Leaving Certificate, 1898
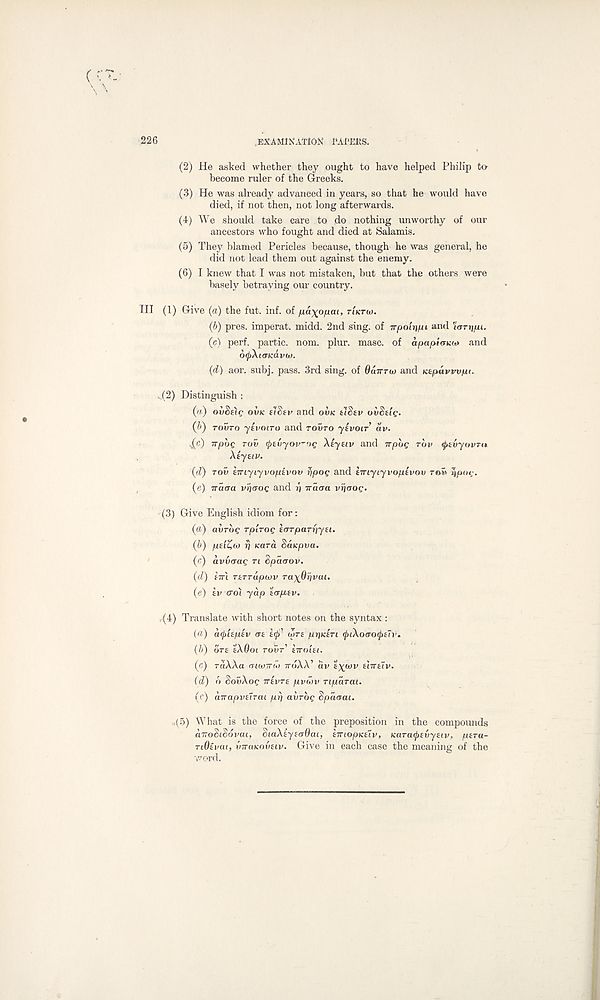
226
.EXAMINATION PAPERS.
(2) He asked whether they ought to have helped Philip to-
become ruler of the Greeks.
(3) He was already advanced in years, so that he would have
died, if not then, not long afterwards.
(4) We should take care to do nothing unworthy of our
ancestors who fought and died at Salamis.
(5) They blamed Pericles because, though he was general, he
did not lead them out against the enemy.
(6) I knew that I was not mistaken, but that the others were
basely betraying our country.
HI (1) Give (a) the fut. inf. of jxaxofiai, T'IKTW.
(b) pres, imperat. midd. 2nd sing, of irpotri/u and "laT^fu.
(c) perf. partic. nom. plur. masc. of apapiaicM and
6<p\t(TKa.vu>.
(d) aor. subj. pass. 3rd sing, of OUTTTM and tctpuvvvfju.
J2) Distinguish :
(«) ovSzig OVK elStv and OVK tlSev OV^UQ.
0 TOVTO yevoiTo and TOVTO yevoir av.
v(c) irpog TOV rpevyov^ng Xeyetv and Trpbg rbv tfrivyovTu
Xiytiv.
(d) TOV imyiyvopivov jjpoQ and iiriyiyvopivov row
(«) Trao-a vfjtTOC and r) Tracra v^oog.
(3) Give English idiom for:
(a) avrog rplrog iorpaT^yu.
(b) piiZ,io rj Kara Sd/cpoa.
(c) avvoag n dpcurov.
(d) iir'i TtTTupwv raxOrjvai.
(e) tv o-ol yap 'iopbtv.
,-(4) Translate with short notes on the syntax :
(a) a(j)(epsv art
ijurt ppatri (piXoaorjxth’.
(&) OT£ tXdoi TOVT' eiroiti.
(c) rdAXa mioTTM TTOAX’ av tywv thrtTv.
(d) b SovXog TTtvTt pvu>v riparau
(c) airapvtlTai pri avrbg Spaoai.
,..(5) What is the force of the preposition in the compounds
airoSiSovai, SiaXtytcrOat, tTTtopKttv, Karatptvytiv, ptra-
riOtvai, inruKovtiv. Give in each case the meaning of the
word.